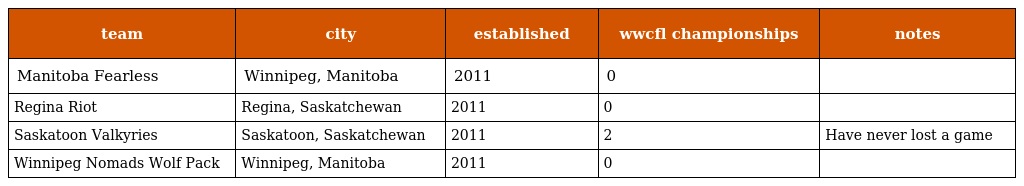
| team | city | established | wwcfl championships | notes |
 | --- | --- | --- | --- | --- |
 | Manitoba Fearless | Winnipeg, Manitoba | 2011 | 0 |  |
 | Regina Riot | Regina, Saskatchewan | 2011 | 0 |  |
 | Saskatoon Valkyries | Saskatoon, Saskatchewan | 2011 | 2 | Have never lost a game |
 | Winnipeg Nomads Wolf Pack | Winnipeg, Manitoba | 2011 | 0 |  |